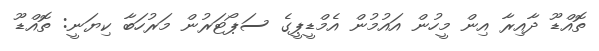
ތޮއްޑޫ ދާއިރާ އިން މީހުން އައުމުން އެމްޑީޕީގެ ސަޕޯޓަރުން މަރުހަބާ ކިޔަނީ: ތޮއްޑޫ